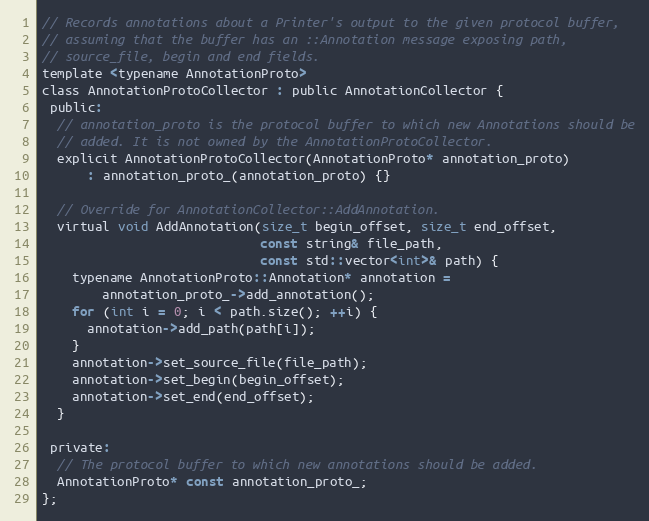
Language: C
// Records annotations about a Printer's output to the given protocol buffer,
// assuming that the buffer has an ::Annotation message exposing path,
// source_file, begin and end fields.
template <typename AnnotationProto>
class AnnotationProtoCollector : public AnnotationCollector {
 public:
  // annotation_proto is the protocol buffer to which new Annotations should be
  // added. It is not owned by the AnnotationProtoCollector.
  explicit AnnotationProtoCollector(AnnotationProto* annotation_proto)
      : annotation_proto_(annotation_proto) {}

  // Override for AnnotationCollector::AddAnnotation.
  virtual void AddAnnotation(size_t begin_offset, size_t end_offset,
                             const string& file_path,
                             const std::vector<int>& path) {
    typename AnnotationProto::Annotation* annotation =
        annotation_proto_->add_annotation();
    for (int i = 0; i < path.size(); ++i) {
      annotation->add_path(path[i]);
    }
    annotation->set_source_file(file_path);
    annotation->set_begin(begin_offset);
    annotation->set_end(end_offset);
  }

 private:
  // The protocol buffer to which new annotations should be added.
  AnnotationProto* const annotation_proto_;
};